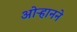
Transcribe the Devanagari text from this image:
ओऱ्हानने